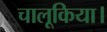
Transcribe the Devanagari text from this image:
चालूकिया।